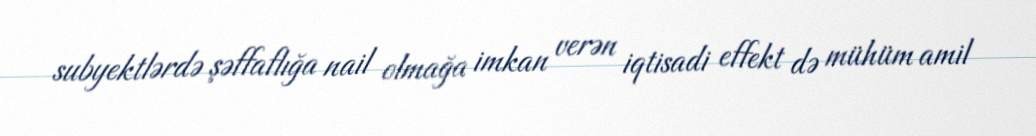
subyektlərdə şəffaflığa nail olmağa imkan verən iqtisadi effekt də mühüm amil